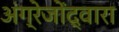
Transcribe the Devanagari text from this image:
अंग्रेजोंद्वारा